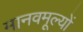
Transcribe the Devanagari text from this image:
मानवमूल्यों